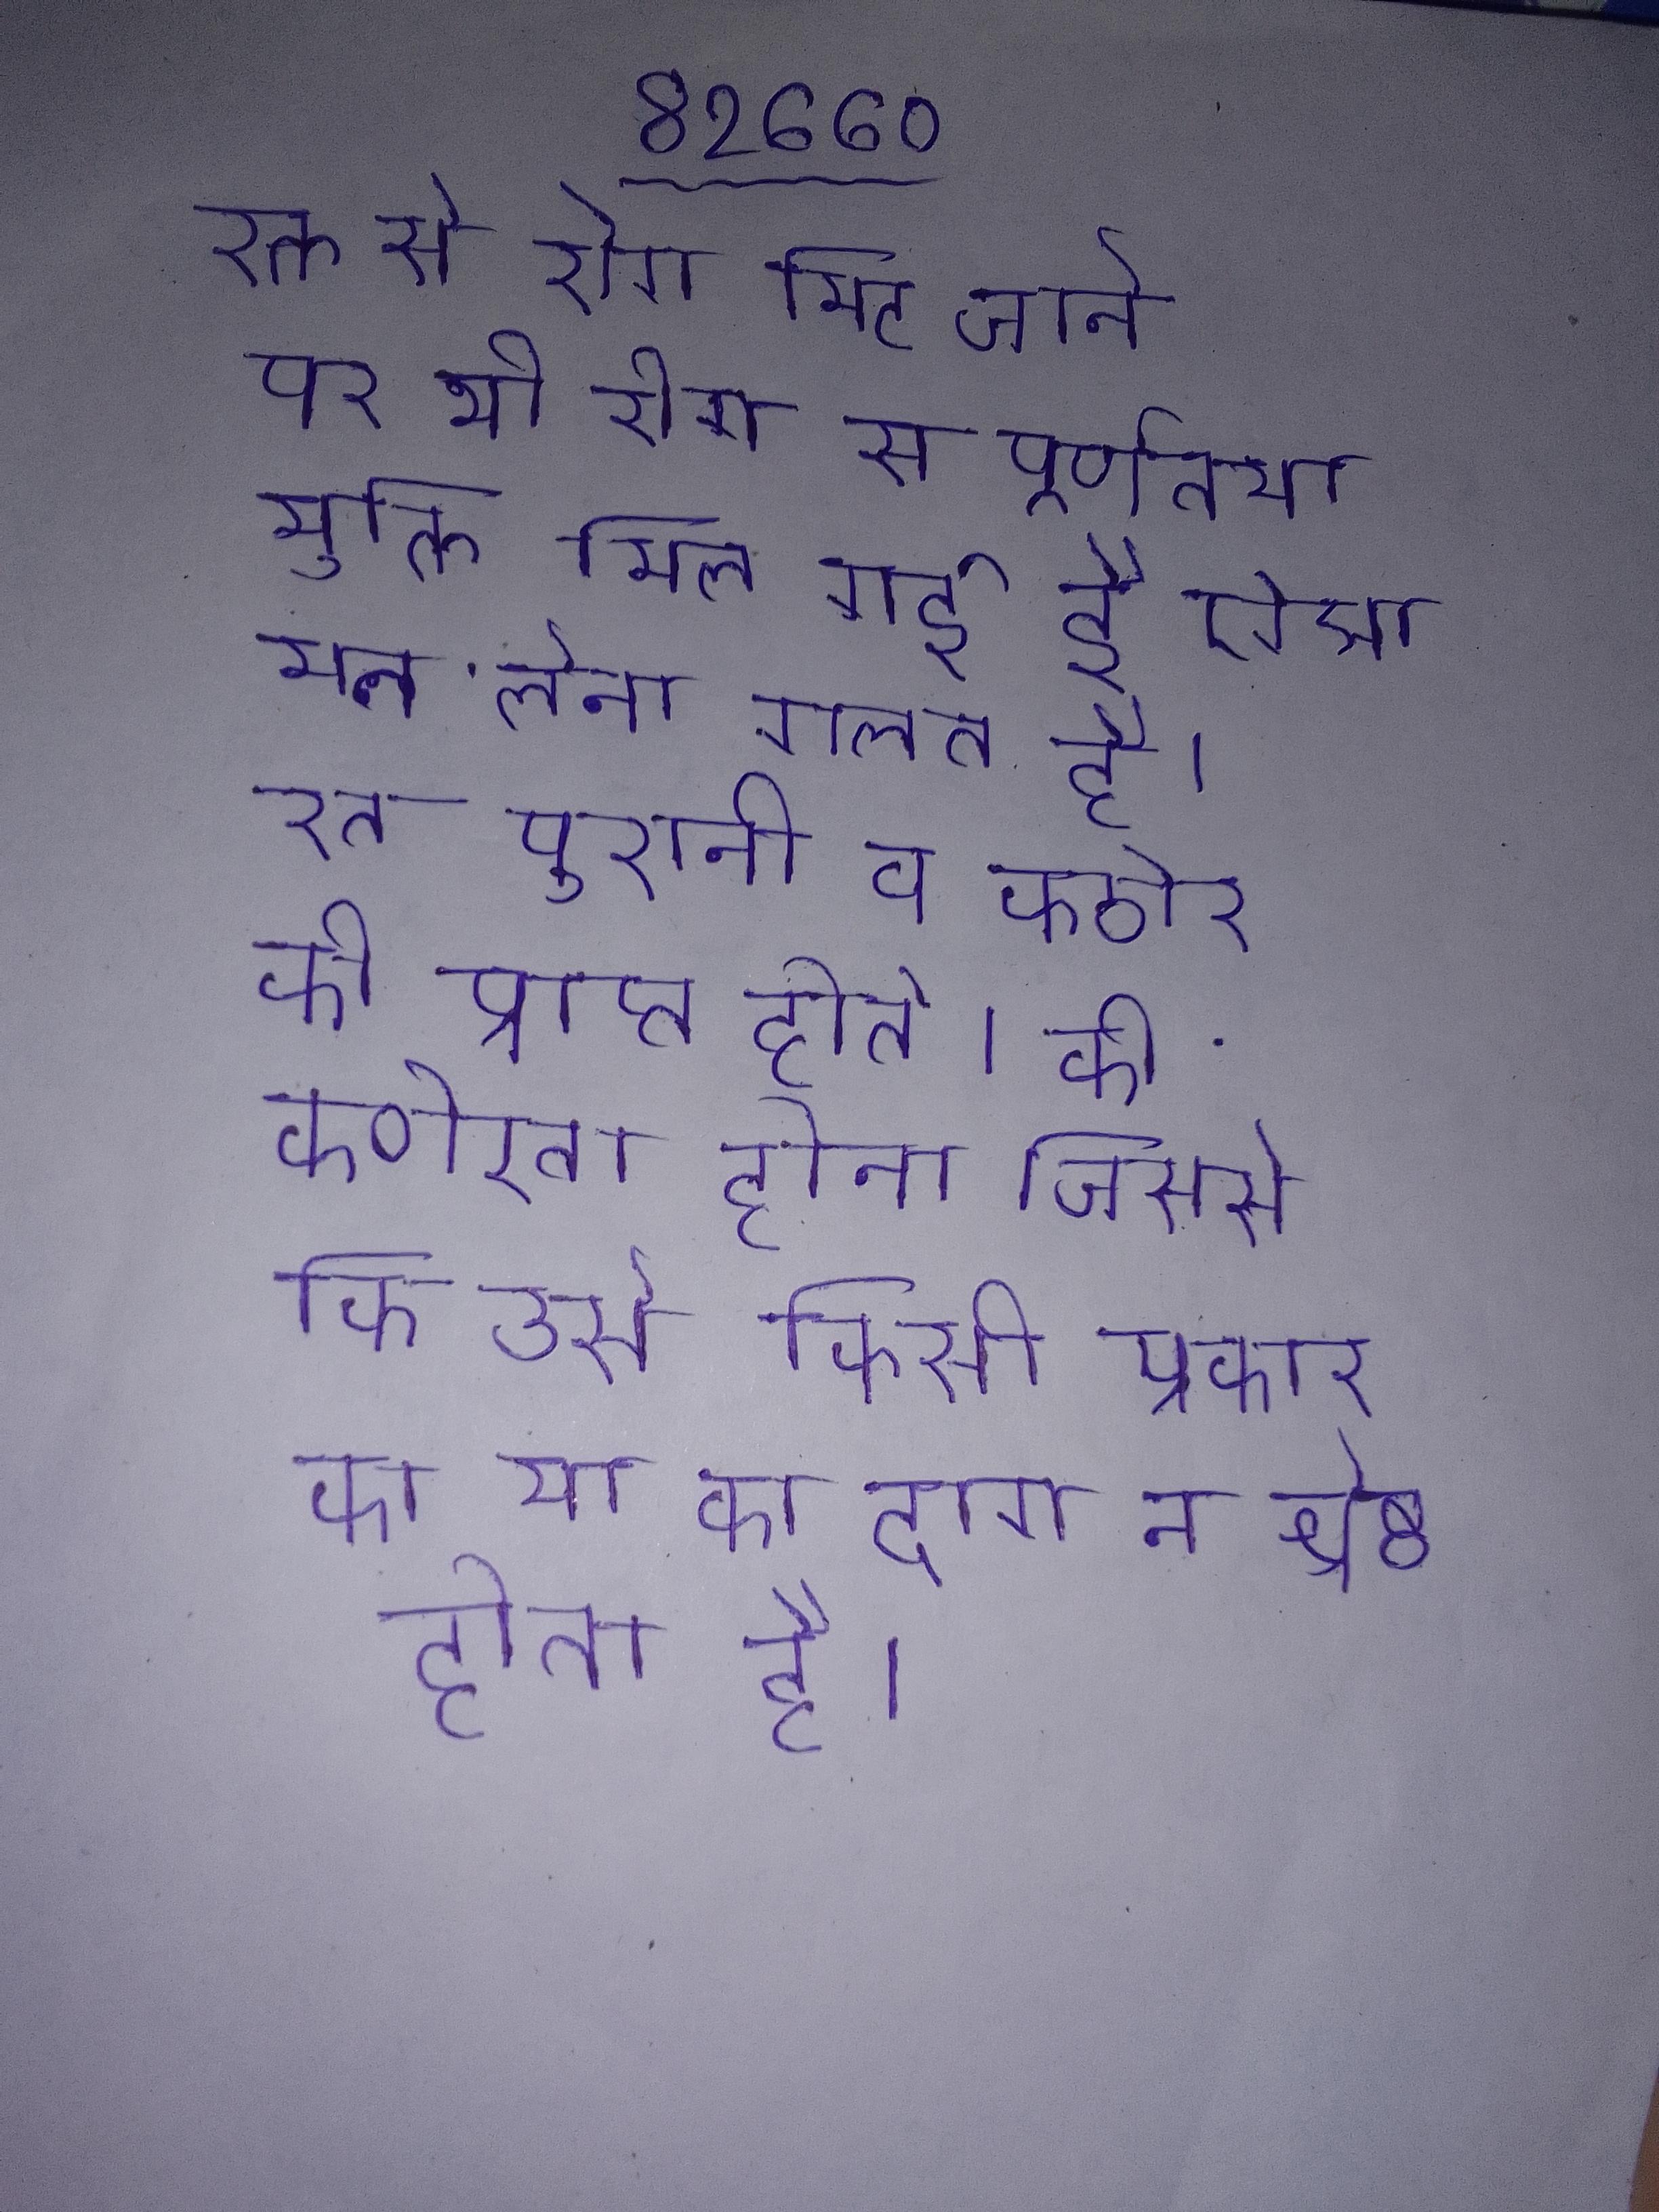
रक्त से रोग मिट जाने पर भी रोग से पूर्णतया मुक्ति मिल गई है ऐसा मान लेना गलत है । रत्न पुरानी व कठोर की प्राप्त होते । की कठोरता होना जिससे कि उसे किसी प्रकार का या का दाग न श्रेष्ठ होता है ।